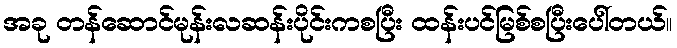
အခု တန်ဆောင်မုန်းလဆန်းပိုင်းကစပြီး ထန်းပင်မြစ်စပြီးပေါ်တယ်။